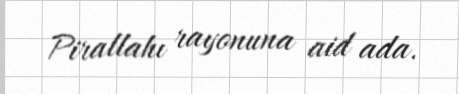
Pirallahı rayonuna aid ada.